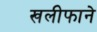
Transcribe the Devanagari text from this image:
खलीफाने